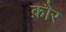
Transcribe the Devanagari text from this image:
क़ौर